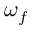
\omega _ { f }